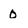
Character: 0